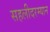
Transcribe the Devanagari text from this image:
सहलीदरम्यान